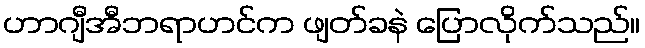
ဟာဂျီအီဘရာဟင်က ဖျတ်ခနဲ ပြောလိုက်သည်။